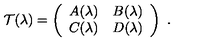
{ \cal T } ( \lambda ) = \left( \begin{array} { c c } { A ( \lambda ) } & { B ( \lambda ) } \\ { C ( \lambda ) } & { D ( \lambda ) } \\ \end{array} \right) \ .